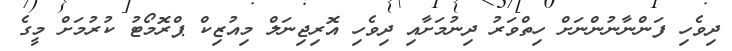
ދިވެހި ފަންނާނުންނަށް ހިތްވަރު ދިނުމަށާއި ދިވެހި އޮރިޖިނަލް މިއުޒިކް ޕްރޮމޯޓު ކުރުމަށް މީގެ